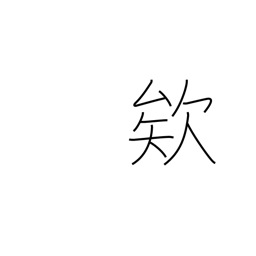
Meaning: exclamation